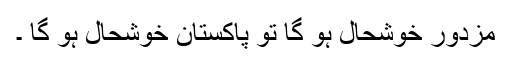
مزدور خوشحال ہو گا تو پاکستان خوشحال ہو گا ۔